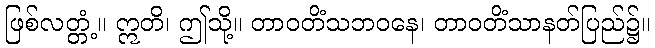
ဖြစ်လတ္တံ့။ ဣတိ၊ ဤသို့။ တာဝတိံသဘဝနေ၊ တာဝတိံသာနတ်ပြည်၌။